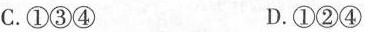
C.①③④ D.①②④